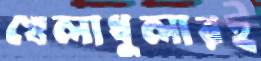
খেলাধুলারই